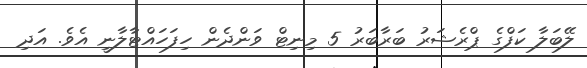
ލޭބަލާ ކަފްގެ ޕްރެޝަރު ބަރާބަރު 5 މިނިޓް ވަންދެން ހިފަހައްޓާލާނީ އެވެ. އަދި